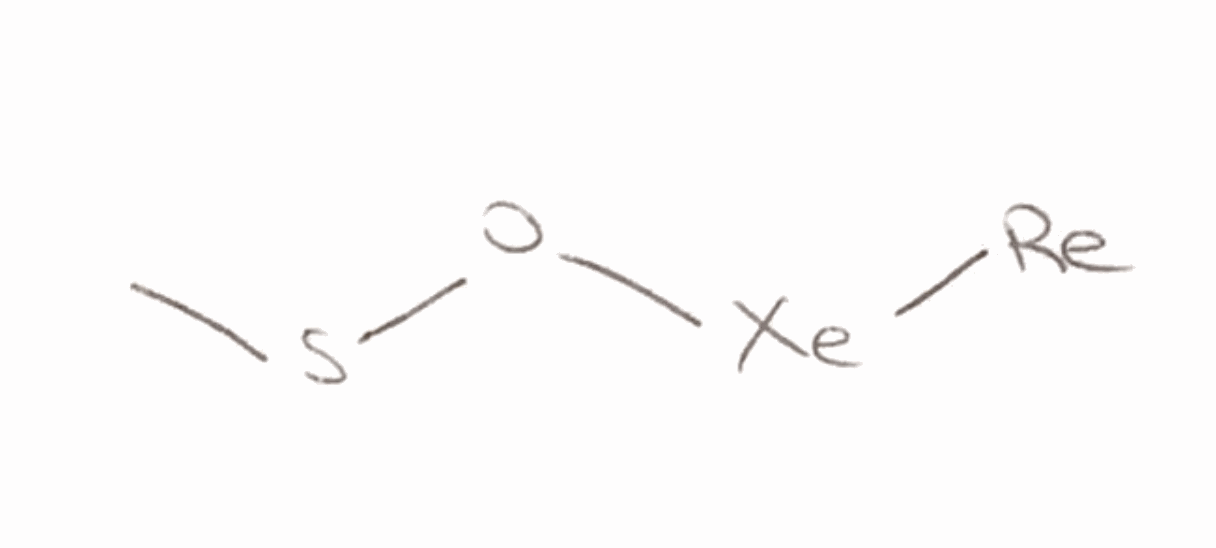
Simplified molecular-input line-entry system (SMILES) notation of the given molecule:
CSO[Xe][Re]